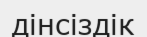
дінсіздік